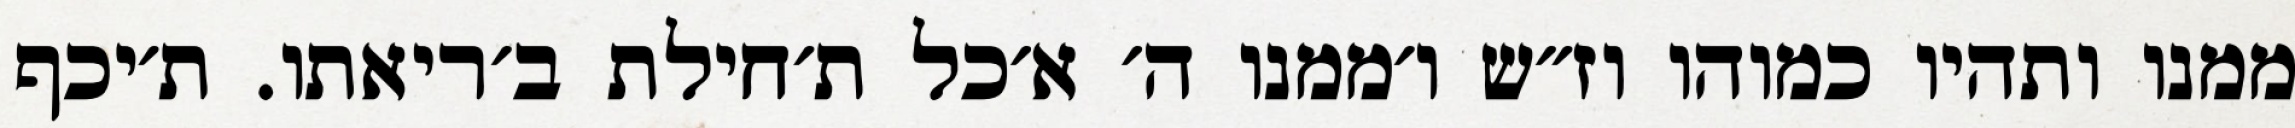
ממנו ותהיו כמוהו וז״ש ו׳ממנו ה׳ א׳כל ת׳חילת ב׳ריאתו. ת׳יכף